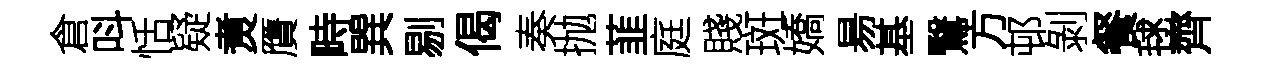
倉呌恬疑煑贋畤巽剔偈奏抛韮庭賤斑嬌昜基鷖方邨剝餐毬齊